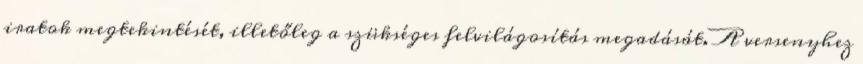
iratok megtekintését, illetőleg a szükséges felvilágosítás megadását. A versenyhez